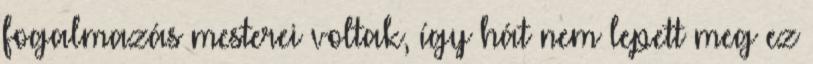
fogalmazás mesterei voltak, így hát nem lepett meg ez